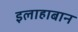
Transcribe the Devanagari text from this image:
इलाहाबान